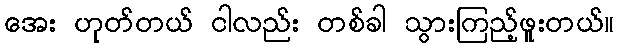
အေး ဟုတ်တယ် ငါလည်း တစ်ခါ သွားကြည့်ဖူးတယ်။